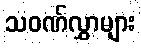
သဝဏ်လွှာများ